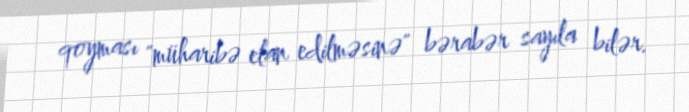
qoyması "müharibə elan edilməsinə" bərabər sayıla bilər.